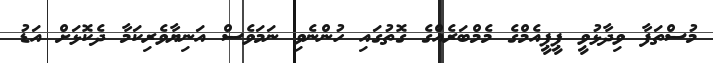
މުސްތަފާ ވިދާޅުވީ ޕީޕީއެމްގެ މެމްބަރެއްގެ ގޮތުގައި ހުންނެވި ނަމަވެސް އަނިޔާވެރިކަމާ ދެކޮޅަށް އަޑު